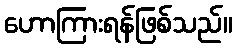
ဟောကြားရန်ဖြစ်သည်။